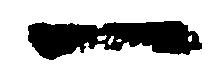
一